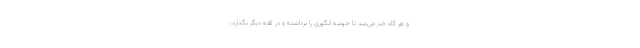
و هر گاه خم می‌شد تا خوشه انگوری را برداشته و در کفه دیگر بگذارد،